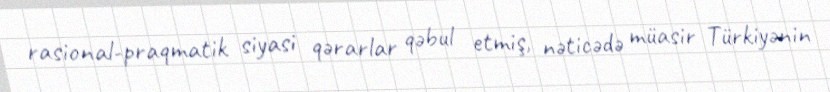
rasional-praqmatik siyasi qərarlar qəbul etmiş, nəticədə müasir Türkiyənin